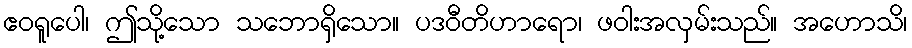
ဧဝရူပေါ၊ ဤသို့သော သဘောရှိသော။ ပဒဝီတိဟာရော၊ ဖဝါးအလှမ်းသည်။ အဟောသိ၊